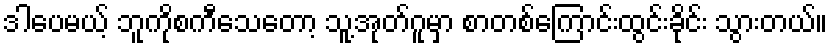
ဒါပေမယ့် ဘူကိုစကီသေတော့ သူ့အုတ်ဂူမှာ စာတစ်ကြောင်းထွင်းခိုင်း သွားတယ်။